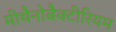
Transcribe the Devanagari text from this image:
मीथैनोबैक्टीरियम